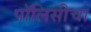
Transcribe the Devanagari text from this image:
पॉलिसीचा